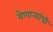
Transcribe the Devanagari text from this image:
येणार्‍यांची